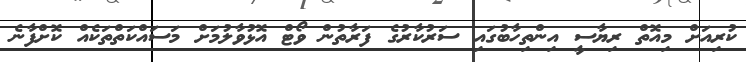
ކުރިއަށް މިއޮތް ރިޔާސީ އިންތިހާބުގައި ސަރުކާރުގެ ފަރާތުން ވޯޓް އޮޅުވާލުމަށް މަސައްކަތްތަކެއް ކޮށްފާނެ